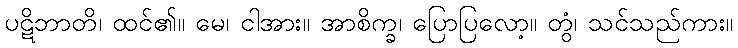
ပဋိဘာတိ၊ ထင်၏။ မေ၊ ငါအား။ အာစိက္ခ၊ ပြောပြလော့။ တွံ၊ သင်သည်ကား။